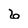
Character: 6